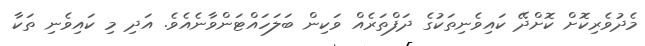
މެދުވެރިކޮށް ކޮށްދޭ ކައިވެނިތަކުގެ ދަފްތަރެއް ވަކިން ބަލަހައްޓަންވާނެއެވެ. އަދި މި ކައިވެނި ތަކާ